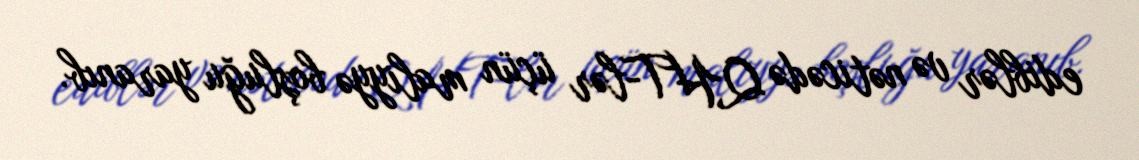
ediblər və nəticədə QHT-lər üçün maliyyə boşluğu yaranıb.